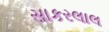
સાકરલાલ